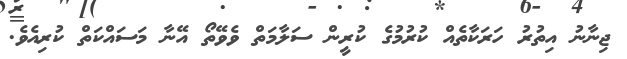
ޖިނާނު އިތުރު ހަރަކާތެއް ކުރުމުގެ ކުރީން ސަލާމަތް ވެވޭތޯ އޭނާ މަސައްކަތް ކުރިއެވެ.